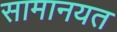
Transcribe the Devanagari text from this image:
सामानयत